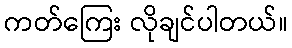
ကတ်ကြေး လိုချင်ပါတယ်။